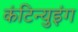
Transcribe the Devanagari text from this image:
कंटिन्युइंग